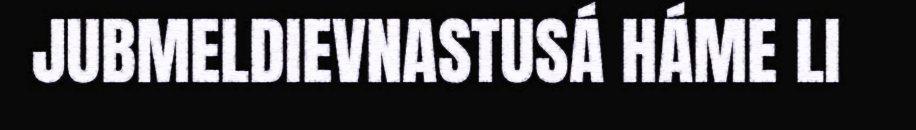
JUBMELDIEVNASTUSÁ HÁME LI